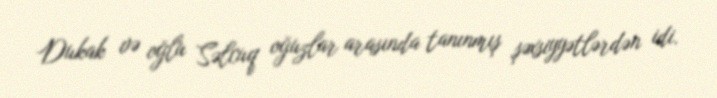
Dukak və oğlu Səlcuq oğuzlar arasında tanınmış şəxsiyyətlərdən idi.